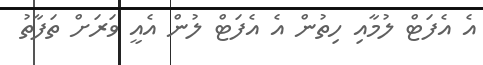
އެ އެފަޓް ލުމާއި ހިތުން އެ އެފަޓް ލުން އެއީ ވަރަށް ތަފާތު